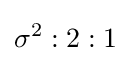
\sigma ^{2}:2:1